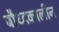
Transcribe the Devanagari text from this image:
बौध्दकालीन